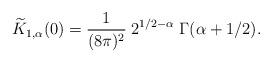
LaTeX: \begin{align*}\widetilde{K}_{1,\alpha}(0)=\frac{1}{(8\pi)^2}\;2^{1/2-\alpha}\;\Gamma (\alpha+1/2).\end{align*}